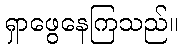
ရှာဖွေနေကြသည်။